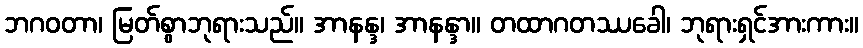
ဘဂဝတာ၊ မြတ်စွာဘုရားသည်။ အာနန္ဒ၊ အာနန္ဒာ။ တထာဂတဿခေါ၊ ဘုရားရှင်အားကား။